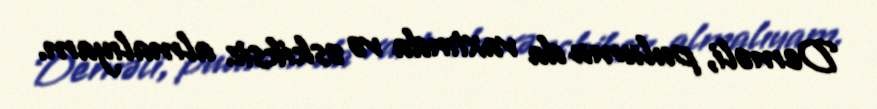
Deməli, pulumu da vaxtında və əskiksiz almalıyam.